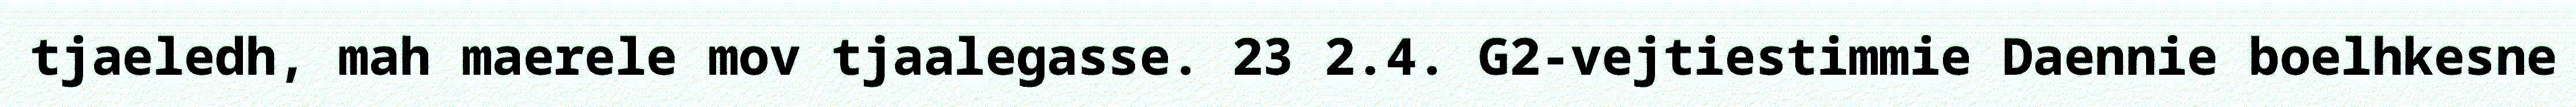
tjaeledh, mah maerele mov tjaalegasse. 23 2.4. G2-vejtiestimmie Daennie boelhkesne